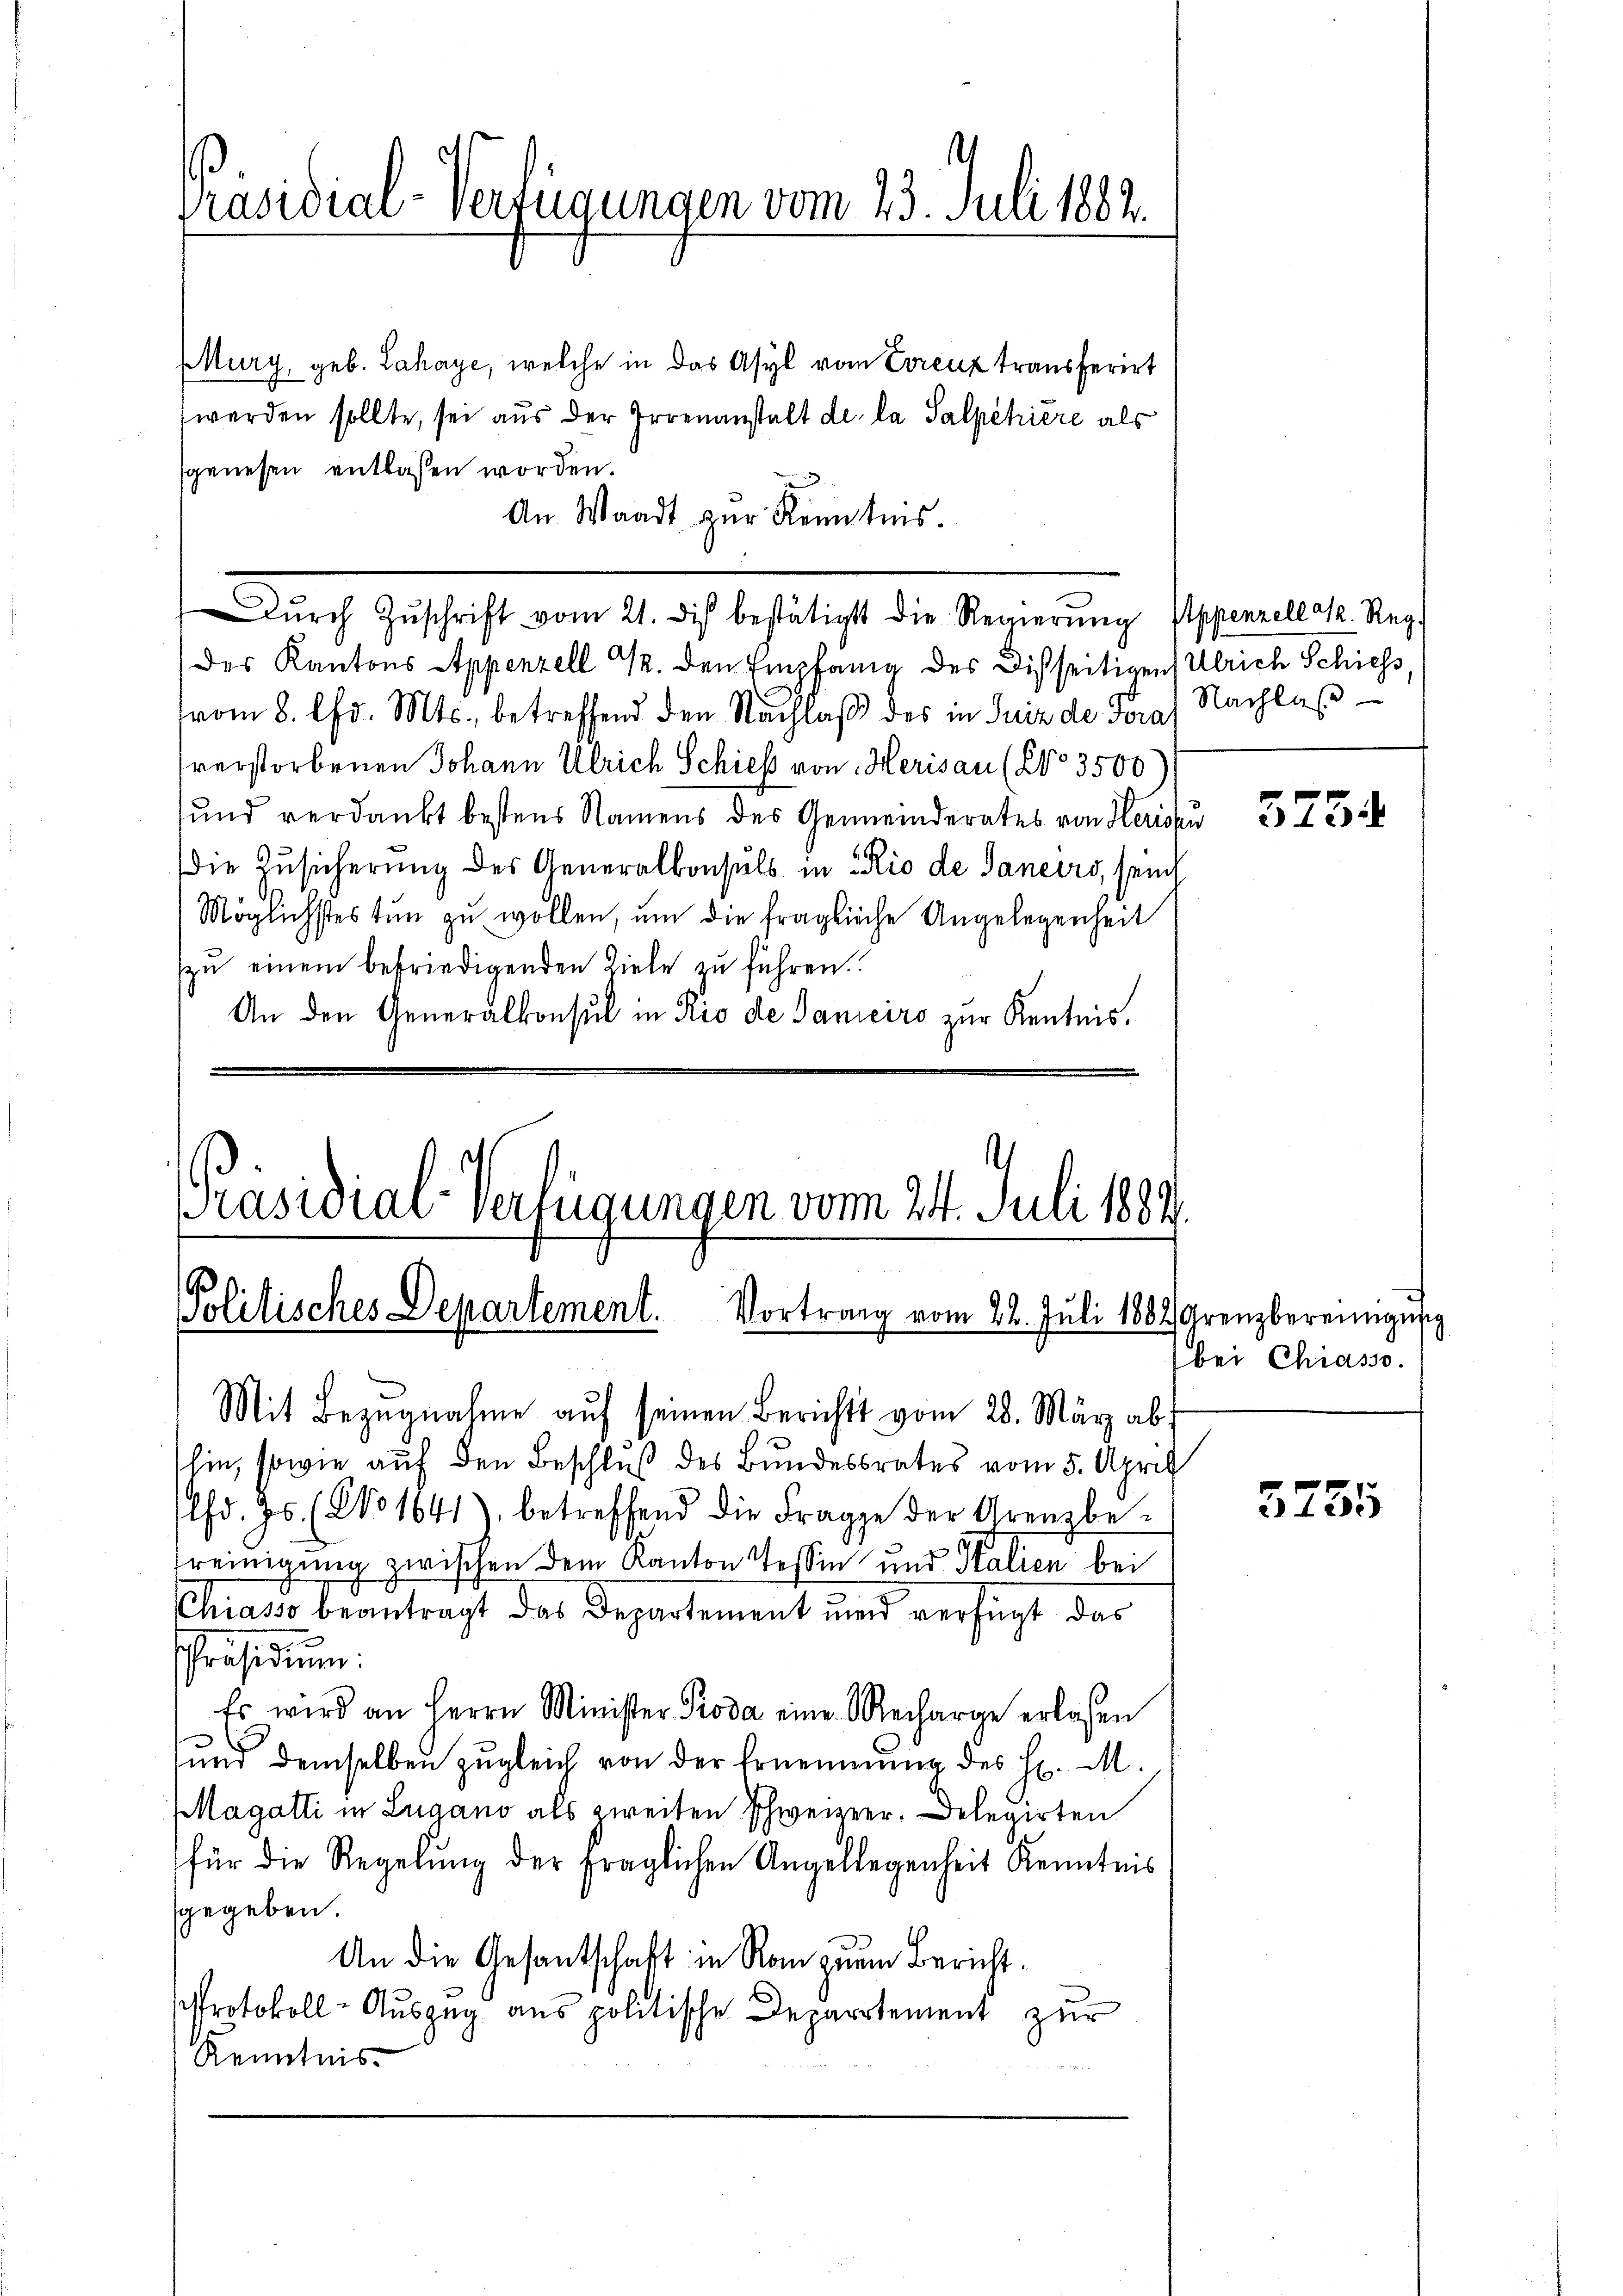
Präsidial-Verfügungen vom 23. Juli 1882.

MMury, geb. Lahaye, welche in das Asyl vom Lorenz transferirt
werden sollte, sei aus der Irrenanstalt de la Salpehière als
sgewesen entlassen worden.
An Waadt zŭr Kenntnis.
des Kantons Appenzell M. den Empfang des Disseitigen Ulrich Schiess,
vom 8. Chr. Mts., betreffend den Nachlaβ des in Guiz der Teras Nachlaβ
sverstorbenen Johann Ulrich Schieß von Herisau (No 3500
sund verdankt bestens Namens des Gemeinderates von Herispu
die Zusicherung des Generalkonsuls in Rio de Janeiro, sein
Möglichstes tun zŭ wollen, um die fragliche Angelegenheit
zu einem befriedigenden Ziele zu führen.
An den Generalkonsul in Rio de Saniciro zur Kentnis.

Dŭrch Zŭschrift vom 21. dis bestätigt die Regierŭng Appenzell a. Reg

Präsidial-Verfügungen vom 24. Juli 1889.
Politisches Departement. Vortrag vom 22. Juli 1882, Grenzbereingung
Mit Bezŭgnahme aŭf seinen Berichts vom 28. März ab

hin, sowie auf den Beschluß des Bundesrates vom 5. April

lfd. Js. (No 1641) betreffend die Frage der Grenzbe-
reinigung zwischen dem Kanton Tessin und Italien bei
Chiasso beantragt das Departement und verfügt das
Präsidium.
Es wird an Herrn Minister Proda eine Recharge erlassen
und demselben zugleich von der Ernennung des H. M.
Magatti in Lugano als zweiten Schweizer. Delegirten
für die Regelŭng der fraglichen Angellegenheit Kenntnis
sgegeben.
An die Gesantschaft in Rom zum Bericht.
Protokoll-Auszug aus politische Departement zur
Kenntnis

575.

(bei Chiasso.

5755